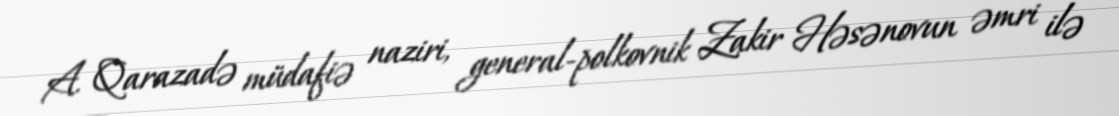
A. Qarazadə müdafiə naziri, general-polkovnik Zakir Həsənovun əmri ilə